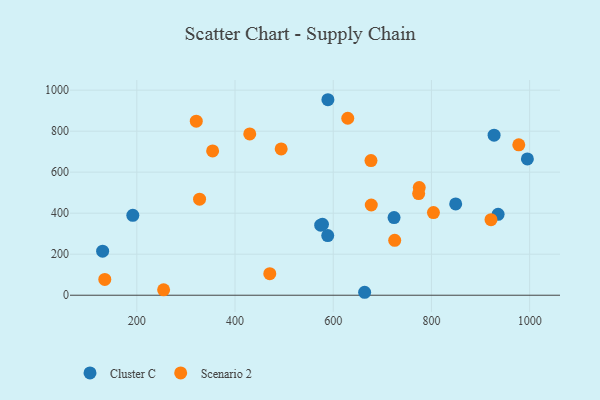
{"axis": {"x": "Speed", "y": "Sales"}, "legend": ["Cluster C", "Scenario 2"], "data": [{"x": "588.8", "y": 291.0, "type": "Cluster C"}, {"x": "574.5", "y": 341.8, "type": "Cluster C"}, {"x": "191.9", "y": 389.5, "type": "Cluster C"}, {"x": "723.9", "y": 378.5, "type": "Cluster C"}, {"x": "589.2", "y": 953.3, "type": "Cluster C"}, {"x": "130.4", "y": 214.7, "type": "Cluster C"}, {"x": "578.1", "y": 345.8, "type": "Cluster C"}, {"x": "664.0", "y": 14.4, "type": "Cluster C"}, {"x": "995.4", "y": 664.8, "type": "Cluster C"}, {"x": "927.6", "y": 780.3, "type": "Cluster C"}, {"x": "935.8", "y": 394.6, "type": "Cluster C"}, {"x": "849.4", "y": 445.1, "type": "Cluster C"}, {"x": "430.0", "y": 786.4, "type": "Scenario 2"}, {"x": "327.8", "y": 468.4, "type": "Scenario 2"}, {"x": "804.1", "y": 403.0, "type": "Scenario 2"}, {"x": "629.6", "y": 863.0, "type": "Scenario 2"}, {"x": "494.0", "y": 713.3, "type": "Scenario 2"}, {"x": "354.4", "y": 703.7, "type": "Scenario 2"}, {"x": "677.5", "y": 440.0, "type": "Scenario 2"}, {"x": "676.9", "y": 656.6, "type": "Scenario 2"}, {"x": "725.2", "y": 267.8, "type": "Scenario 2"}, {"x": "470.8", "y": 105.0, "type": "Scenario 2"}, {"x": "921.3", "y": 368.3, "type": "Scenario 2"}, {"x": "775.2", "y": 525.4, "type": "Scenario 2"}, {"x": "321.1", "y": 848.9, "type": "Scenario 2"}, {"x": "774.0", "y": 495.5, "type": "Scenario 2"}, {"x": "254.6", "y": 26.4, "type": "Scenario 2"}, {"x": "977.9", "y": 733.3, "type": "Scenario 2"}, {"x": "134.8", "y": 77.0, "type": "Scenario 2"}]}